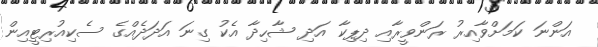
އަންނަ ކަމަށްވާއިރު ރަންވީރާއި ދިޕިކާ އަދި ޝާހިދާ އެކު ގިނަ އަދަދެއްގެ ސެކިއުރިޓީއިން